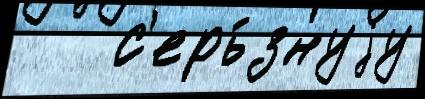
   с'ерь́знуjу